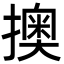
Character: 擙